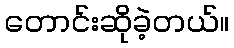
တောင်းဆိုခဲ့တယ်။